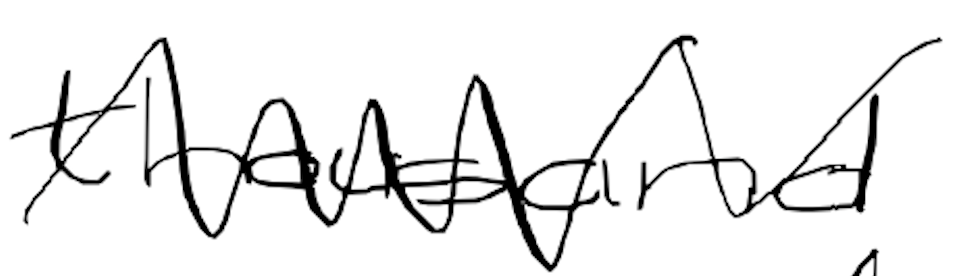
Text: thousand
Cross-out: zig-zag
Writing tool: digital_black